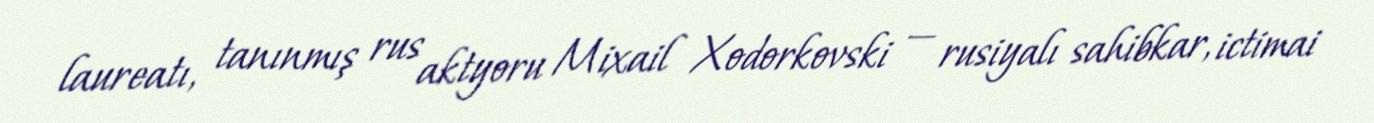
laureatı, tanınmış rus aktyoru Mixail Xodorkovski — rusiyalı sahibkar, ictimai